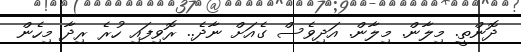
ދޮންތީ. މިލާން. މިލާން. އަދިވެސް ގެއަށް ނާދެ.. ރޮވިފައި ހުރެ ރިދާ މިހެން